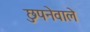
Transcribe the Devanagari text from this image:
छुपनेवाले